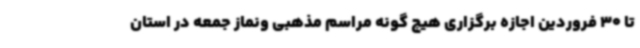
تا 30 فروردین اجازه برگزاری هیچ گونه مراسم مذهبی ونماز جمعه در استان